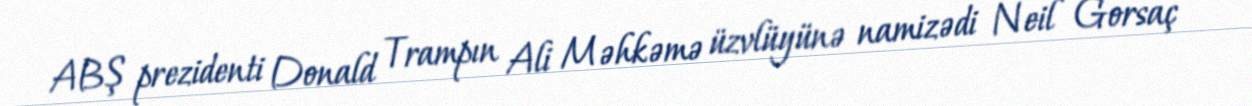
ABŞ prezidenti Donald Trampın Ali Məhkəmə üzvlüyünə namizədi Neil Gorsaç